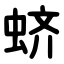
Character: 蛴